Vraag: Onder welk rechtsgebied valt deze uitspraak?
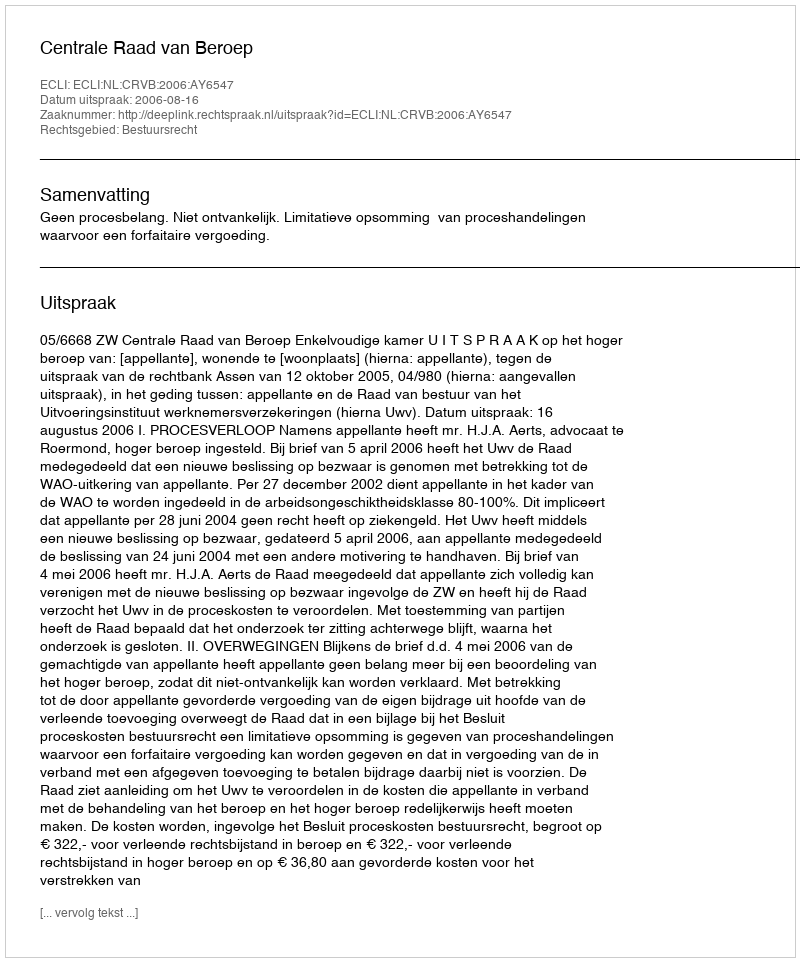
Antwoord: Bestuursrecht